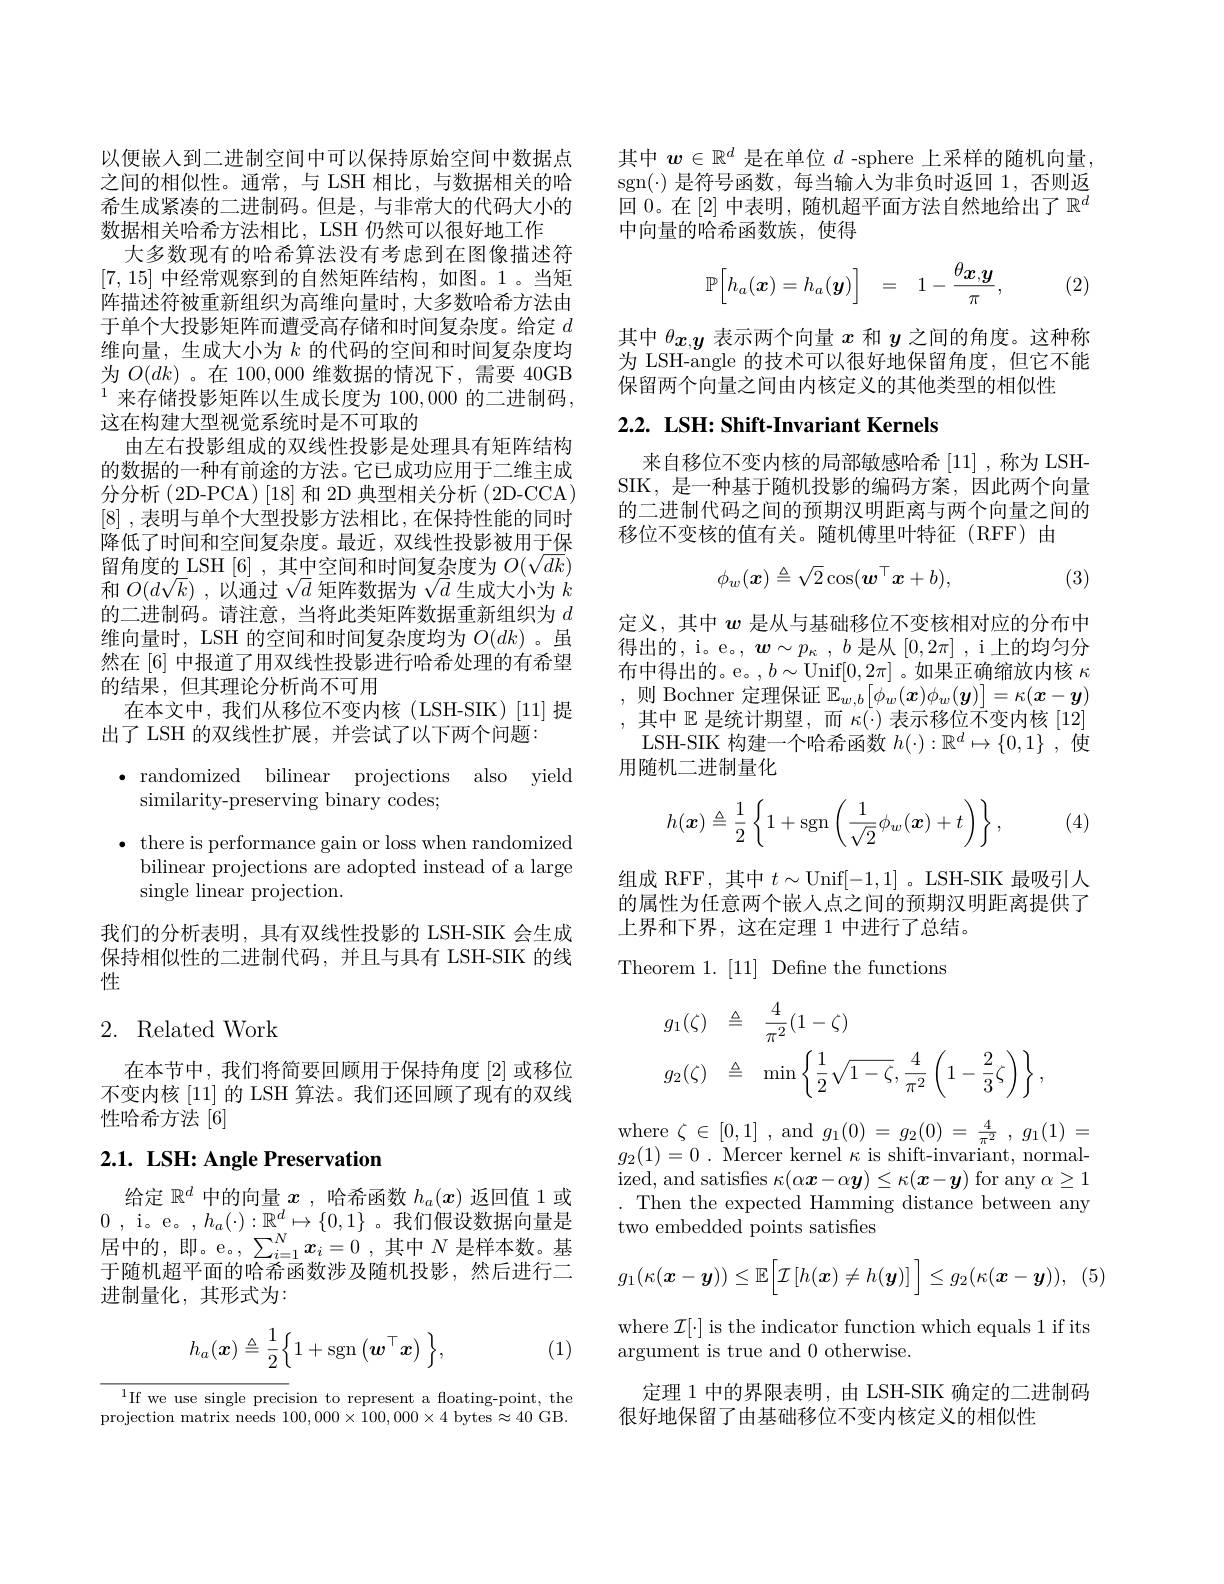
以便嵌人到二进制空间中可以保持原始空间中数据点之间的相似性。通常，与 LSH 相比，与数据相关的哈希生成紧凑的二进制码。但是，与非常大的代码大小的数据相关哈希方法相比，LSH 仍然可以很好地工作
大多数现有的哈希算法没有考虑到在图像描述符[7,15]中经常观察到的自然矩阵结构，如图。1。当矩阵描述符被重新组织为高维向量时，大多数哈希方法由于单个大投影矩阵而遭受高存储和时间复杂度。给定$d$ 维向量，生成大小为$k$的代码的空间和时间复杂度均为$O(dk)$ 。在 100,000维数据的情况下，需要 40GB $^{1}$来存储投影矩阵以生成长度为 100,000 的二进制码， 这在构建大型视觉系统时是不可取的
由左右投影组成的双线性投影是处理具有矩阵结构的数据的一种有前途的方法。它已成功应用于二维主成分分析(2D-PCA)[18]和 2D 典型相关分析(2D-CCA) [8] ,表明与单个大型投影方法相比 ,在保持性能的同时降低了时间和空间复杂度。最近，双线性投影被用于保留角度的\_LSH[6],其中空间和时间复杂度为$O(\sqrt dk)$ 和$O(d\sqrt k)$ ,以通过$\sqrt d$矩阵数据为$\sqrt d$生成大小为$k$ 的二进制码。请注意，当将此类矩阵数据重新组织为$d$ 维向量时，LSH 的空间和时间复杂度均为$O(dk)$ 。虽然在 [6] 中报道了用双线性投影进行哈希处理的有希望的结果，但其理论分析尚不可用
在本文中，我们从移位不变内核(LSH-SIK)[11]提
出了 LSH 的双线性扩展，并尝试了以下两个问题
$\bullet$randomized bilinear projections also yield

similarity-preserving binary codes;

$\bullet$ there is performance gain or loss when randomized

bilinear projections are adopted instead of a large

single linear projection.

我们的分析表明，具有双线性投影的 LSH-SIK 会生成保持相似性的二进制代码，并且与具有 LSH-SIK 的线性

# 2. Related Work

在本节中，我们将简要回顾用于保持角度[2]或移位不变内核[11]的 LSH 算法。我们还回顾了现有的双线性哈希方法[6]

# $2. 1. \textbf{ LSH: Angle Preservation}$

给定$\mathbb{R}^d$中的向量$x$ , 哈希函数$h_a(\boldsymbol{x})$返回值 1 或0 , i。e。, $h_{a}( \cdot ) : \mathbb{R} ^{d}\mapsto \{ 0, 1\}$ 。我们假设数据向量是居中的，即。e。$\sum _i= 1^{N}\boldsymbol{x}_{i}= 0$ ,其中$N$ 是样本数。基于随机超平面的哈希函数涉及随机投影，然后进行二进制量化，其形式为：
$$h_a(\boldsymbol{x})\triangleq\frac{1}{2}\Big\{1+\mathrm{sgn}\left(\boldsymbol{w}^\top\boldsymbol{x}\right)\Big\},$$
(1)

$^{1}$If we use single precision to represent a floating-point, the projection matrix needs $100,000\times100,000\times4$ bytes$\approx40$ GB.

其中$w\in\mathbb{R}^d$是在单位$d$ -sphere 上采样的随机向量sgn($\cdot) 是符号函数，每当输人为非负时返回 1, 否则返$ 回0。在 [2] 中表明，随机超平面方法自然地给出了$\mathbb{R}^d$ 中向量的哈希函数族，使得
$$\mathbb{P}\Big[h_a(\boldsymbol{x})=h_a(\boldsymbol{y})\Big]\quad=\quad1-\frac{\theta_{\boldsymbol{x},\boldsymbol{y}}}{\pi},$$
(2)

其中$\theta_{x,y}$表示两个向量$x$和$y$之间的角度。这种称为 LSH-angle 的技术可以很好地保留角度，但它不能保留两个向量之间由内核定义的其他类型的相似性

## $2. 2. \textbf{ LSH: Shift- Invariant Kernels}$

来自移位不变内核的局部敏感哈希[11] ,称为 LSHSIK,是一种基于随机投影的编码方案，因此两个向量的二进制代码之间的预期汉明距离与两个向量之间的移位不变核的值有关。随机傅里叶特征(RFF)由
$$\phi_w(\boldsymbol{x})\triangleq\sqrt{2}\cos(\boldsymbol{w}^\top\boldsymbol{x}+b),$$
(3)

定义，其中$w$是从与基础移位不变核相对应的分布中得出的，i。e。$,\boldsymbol{w}\sim p_\kappa,b$是从$[0,2\pi]$, i上的均匀分布中得出的。e。,$b\sim$Unif$[0,2\pi]$。如果正确缩放内核$\kappa$ ,则 Bochner 定理保证 $\mathbb{E}_w,b\left[\phi_w(\boldsymbol{x})\phi_w(\boldsymbol{y})\right]=\kappa(\boldsymbol{x}-\boldsymbol{y})$ ,其中 $\mathbb{E}$ 是统计期望，而 $\kappa(\cdot)$ 表示移位不变内核[12]
LSH-SIK 构建一个哈希函数$h(\cdot):\mathbb{R}^d\mapsto\{0,1\}$ ,使
用随机二进制量化
$$h(\boldsymbol{x})\triangleq\frac{1}{2}\left\{1+\mathrm{sgn}\left(\frac{1}{\sqrt{2}}\phi_w(\boldsymbol{x})+t\right)\right\},$$
(4)

组成 RFF, 其中$t\sim$Unif[-1,1] 。LSH-SIK 最吸引人的属性为任意两个嵌人点之间的预期汉明距离提供了上界和下界，这在定理 1 中进行了总结。

Theorem 1. [11] Define the functions
$$\begin{aligned}&g_{1}(\zeta)\quad\triangleq\quad\frac{4}{\pi^{2}}(1-\zeta)\\&g_{2}(\zeta)\quad\triangleq\quad\min\left\{\frac{1}{2}\sqrt{1-\zeta},\frac{4}{\pi^{2}}\left(1-\frac{2}{3}\zeta\right)\right\},\end{aligned}$$
where $\zeta\in[0,1]$ , and $g_1(0)=g_{2}(0)=\frac{4}{\pi^{2}},g_{1}(1)=$ $g_{2}(1)=0.$ Mercer kernel $\kappa$ is shift-invariant, normalized, and satisfies $\kappa(\alpha\boldsymbol{x}-\alpha\boldsymbol{y})\leq\kappa(\boldsymbol{x}-\boldsymbol{y})$ for any $\alpha\geq1$ . Then the expected Hamming distance between any two embedded points satisfies
$$g_1(\kappa(\boldsymbol{x}-\boldsymbol{y}))\leq\mathbb{E}\Big[\mathcal{I}\left[h(\boldsymbol{x})\neq h(\boldsymbol{y})\right]\Big]\leq g_2(\kappa(\boldsymbol{x}-\boldsymbol{y})),$$
where $\mathcal{I}[\cdot]$ is the indicator function which equals 1 if its
argument is true and 0 otherwise.
定理 1 中的界限表明，由 LSH-SIK 确定的二进制码
很好地保留了由基础移位不变内核定义的相似性